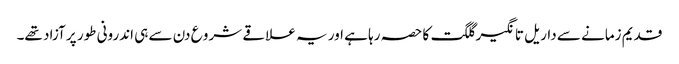
قدیم زمانے سے داریل تانگیر گلگت کا حصہ رہا ہے اور یہ علاقے شرو ع دن سے ہی اندرونی طور پر آزاد تھے۔